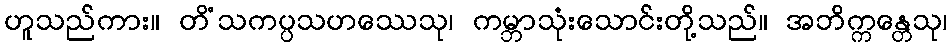
ဟူသည်ကား။ တိံသကပ္ပသဟဿေသု၊ ကမ္ဘာသုံးသောင်းတို့သည်။ အဘိက္ကန္တေသု၊